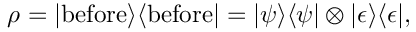
\rho = | { \mathrm { b e f o r e } } \rangle \langle { \mathrm { b e f o r e } } | = | \psi \rangle \langle \psi | \otimes | \epsilon \rangle \langle \epsilon | ,